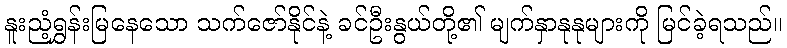
နူးညံ့ရွှန်းမြနေသော သက်ဇော်နိုင်နဲ့ ခင်ဦးနွယ်တို့၏ မျက်နှာနုနုများကို မြင်ခဲ့ရသည်။